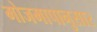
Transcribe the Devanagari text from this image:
मोजमापानुसार